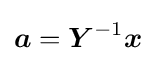
{\boldsymbol {a}}={\boldsymbol {Y}}^{-1}{\boldsymbol {x}}